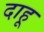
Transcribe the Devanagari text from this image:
दाहू